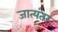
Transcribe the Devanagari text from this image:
जात्यंतर